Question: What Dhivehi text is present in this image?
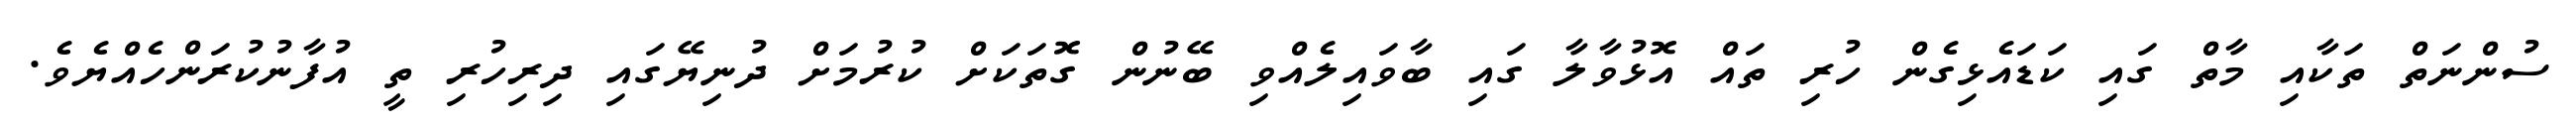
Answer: ސުންނަތް ތަކާއި މާތް ގައި ކަޑައެޅިގެން ހުރި ތައް އޮޅުވާލާ ގައި ބާވައިލެއްވި ބޭނުން ގޮތަކަށް ކުރުމަށް ދުނިޔޭގައި ދިރިހުރި ތީ އުފާނުކުރަންހެއްޔެވެ.